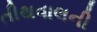
તીથવાલની